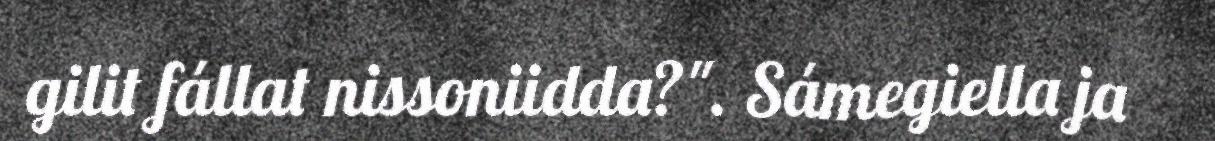
gilit fállat nissoniidda?". Sámegiella ja